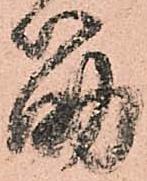
筋